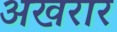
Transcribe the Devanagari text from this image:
अखरार